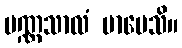
ပဏ္ဏသာလံ မာပေသိ။